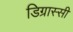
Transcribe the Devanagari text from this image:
डिग्रास्सी